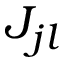
J _ { j l }